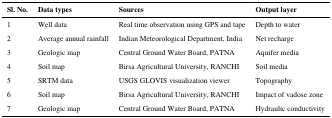
<table><thead><tr><td><b>Sl. No.</b></td><td><b>Data types</b></td><td><b>Sources</b></td><td><b>Output layer</b></td></tr></thead><tbody><tr><td>1</td><td>Well data</td><td>Real time observation using GPS and tape</td><td>Depth to water</td></tr><tr><td>2</td><td>Average annual rainfall</td><td>Indian Meteorological Department, India</td><td>Net recharge</td></tr><tr><td>3</td><td>Geologic map</td><td>Central Ground Water Board, PATNA</td><td>Aquifer media</td></tr><tr><td>4</td><td>Soil map</td><td>Birsa Agricultural University, RANCHI</td><td>Soil media</td></tr><tr><td>5</td><td>SRTM data</td><td>USGS GLOVIS visualization viewer</td><td>Topography</td></tr><tr><td>6</td><td>Soil map</td><td>Birsa Agricultural University, RANCHI</td><td>Impact of vadose zone</td></tr><tr><td>7</td><td>Geologic map</td><td>Central Ground Water Board, PATNA</td><td>Hydraulic conductivity</td></tr></tbody></table>